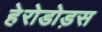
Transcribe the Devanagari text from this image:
हेरोडोड़स